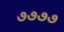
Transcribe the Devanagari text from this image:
७७७७